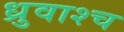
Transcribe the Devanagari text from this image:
ध्रुवाश्च